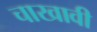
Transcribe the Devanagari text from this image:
चाखावी